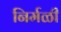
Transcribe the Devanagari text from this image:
निर्मळी